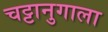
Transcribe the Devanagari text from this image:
चट्टानुगाला